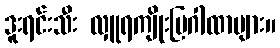
ဒူးရင်းသီး လှူရကျိုးပြဂါထာများ။